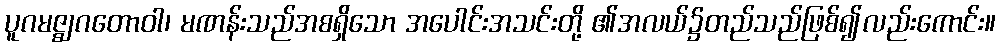
ပူဂမဇ္ဈဂတောဝါ၊ မဏန်းသည်အစရှိသော အပေါင်းအသင်းတို့ ၏အလယ်၌တည်သည်ဖြစ်၍လည်းကောင်း။